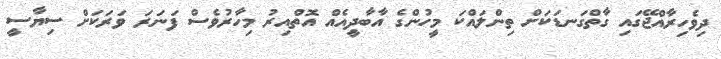
ދިވެހިރާއްޖޭގައި ގާތްގަނޑަކަށް ތިންލައްކަ މީހުންގެ އާބާދީއެއް އޮތްއިރު މިހާރުވެސް ފަނަރަ ވަރަކަށް ސިޔާސީ